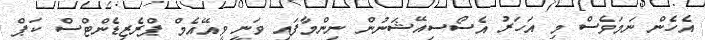
އެހެން ނަމަވެސް މި އަހަރު އެސޯސިއޭޝަނުން ނިންމާފައި ވަނީ ވީއޭއެމް ޕްރެޒިޑެންޓްސް ކަޕް